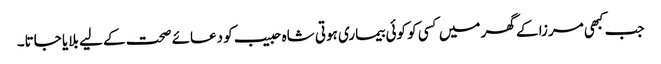
جب کبھی مرزا کے گھر میں کسی کو کوئی بیماری ہوتی شاہ حبیب کو دعائے صحت کے لیے بلایا جاتا۔